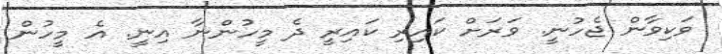
ވަކިވާން ޖެހުނީ. ވަރަށް ކައިރި ކައިރީ ދެ މީހުންނާ އިނީ. އެ މީހުން